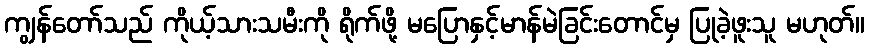
ကျွန်တော်သည် ကိုယ့်သားသမီးကို ရိုက်ဖို့ မပြောနှင့်မာန်မဲခြင်းတောင်မှ ပြုခဲ့ဖူးသူ မဟုတ်။